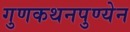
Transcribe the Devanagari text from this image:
गुणकथनपुण्येन